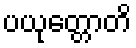
ပယုတ္တောတိ